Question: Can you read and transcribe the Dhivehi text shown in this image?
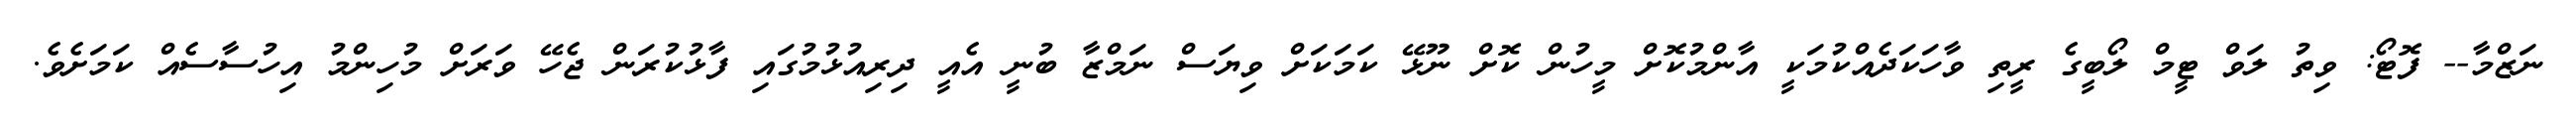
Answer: ނަޒްމާ-- ފޮޓޯ: ވިތު ލަވް ޓީމް ލޯބީގެ ރީތި ވާހަކަދެއްކުމަކީ އާންމުކޮށް މީހުން ކޮށް ނޫޅޭ ކަމަކަށް ވިޔަސް ނަމްޒާ ބުނީ އެއީ ދިރިއުޅުމުގައި ފާޅުކުރަން ޖެހޭ ވަރަށް މުހިންމު އިހުސާސެއް ކަމަށެވެ.